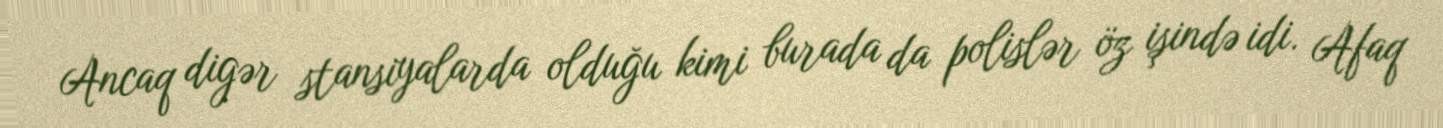
Ancaq digər stansiyalarda olduğu kimi burada da polislər öz işində idi. Afaq